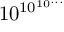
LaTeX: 1 0 ^ { \, \! 1 0 ^ { 1 0 ^ { . . . } } }